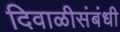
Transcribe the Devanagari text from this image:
दिवाळीसंबंधी